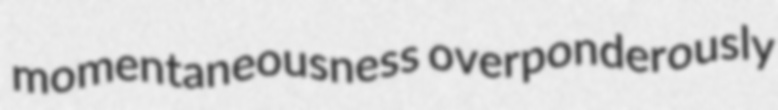
momentaneousness overponderously